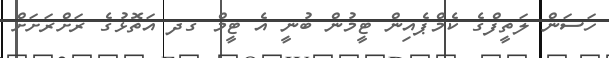
ހަސަން ލަތީފްގެ ކެމްޕެއިން ޓީމުން ބުނީ އެ ޓީމް ގދ އަތޮޅުގެ ރަށްރަށަށް